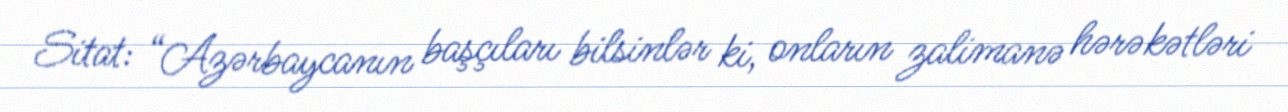
Sitat: “Azərbaycanın başçıları bilsinlər ki, onların zalimanə hərəkətləri